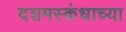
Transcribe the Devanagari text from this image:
दशमस्कंधाच्या